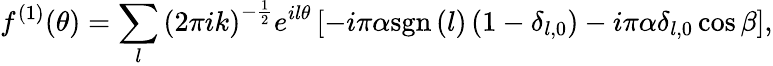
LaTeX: f^{\left(1\right)}(\theta)=\sum_{l}\left(2\pi ik\right)^{-\frac{1}{2}}e^{il\theta}\left[-i\pi\alpha\mathrm{sgn}\left(l\right)\left(1-\delta_{l,0}\right)-i\pi\alpha\delta_{l,0}\cos\beta\right],